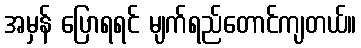
အမှန် ပြောရရင် မျက်ရည်တောင်ကျတယ်။